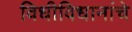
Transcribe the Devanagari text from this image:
विधीविधानांचे